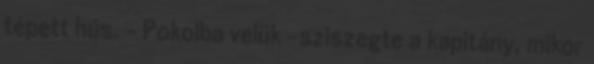
tépett hús. - Pokolba velük –sziszegte a kapitány, mikor